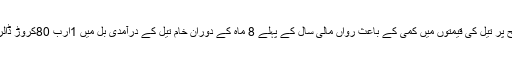
2015ء)عالمی سطح پر تیل کی قیمتوں میں کمی کے باعث رواں مالی سال کے پہلے 8 ماہ کے دوران خام تیل کے درآمدی بل میں 1ارب 80کروڑ ڈالر کی بچت ہوئی ہے۔